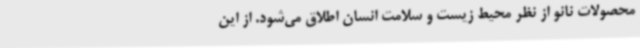
محصولات نانو از نظر محیط زیست و سلامت انسان اطلاق می‌شود. از این‌